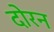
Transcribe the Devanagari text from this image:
दोरन